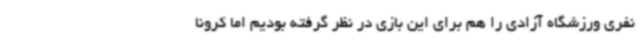
نفری ورزشگاه آزادی را هم برای این بازی در نظر گرفته بودیم اما کرونا